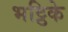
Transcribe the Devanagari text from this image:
भट्ठिके